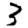
Digit: 3